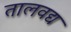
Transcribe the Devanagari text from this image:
तालवद्य